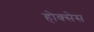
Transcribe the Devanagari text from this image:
होक्सेस